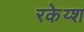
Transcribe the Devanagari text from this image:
रकेय्श